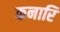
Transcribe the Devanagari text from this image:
कनारि